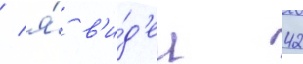
/ я́ в'и́д'ел 42